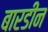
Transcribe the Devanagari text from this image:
बारडीन